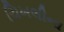
ચિખલીના